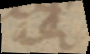
aer